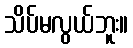
သိပ်မလွယ်ဘူး။